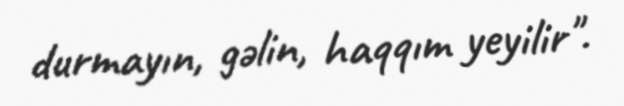
durmayın, gəlin, haqqım yeyilir".